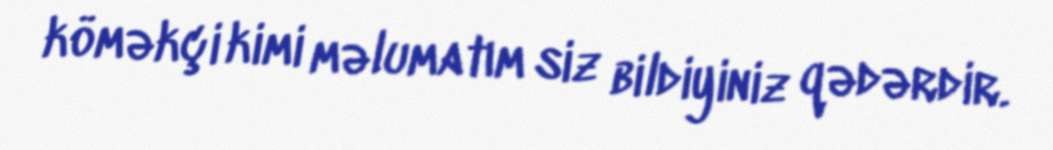
köməkçi kimi məlumatım siz bildiyiniz qədərdir.